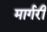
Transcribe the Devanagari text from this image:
मार्गरी